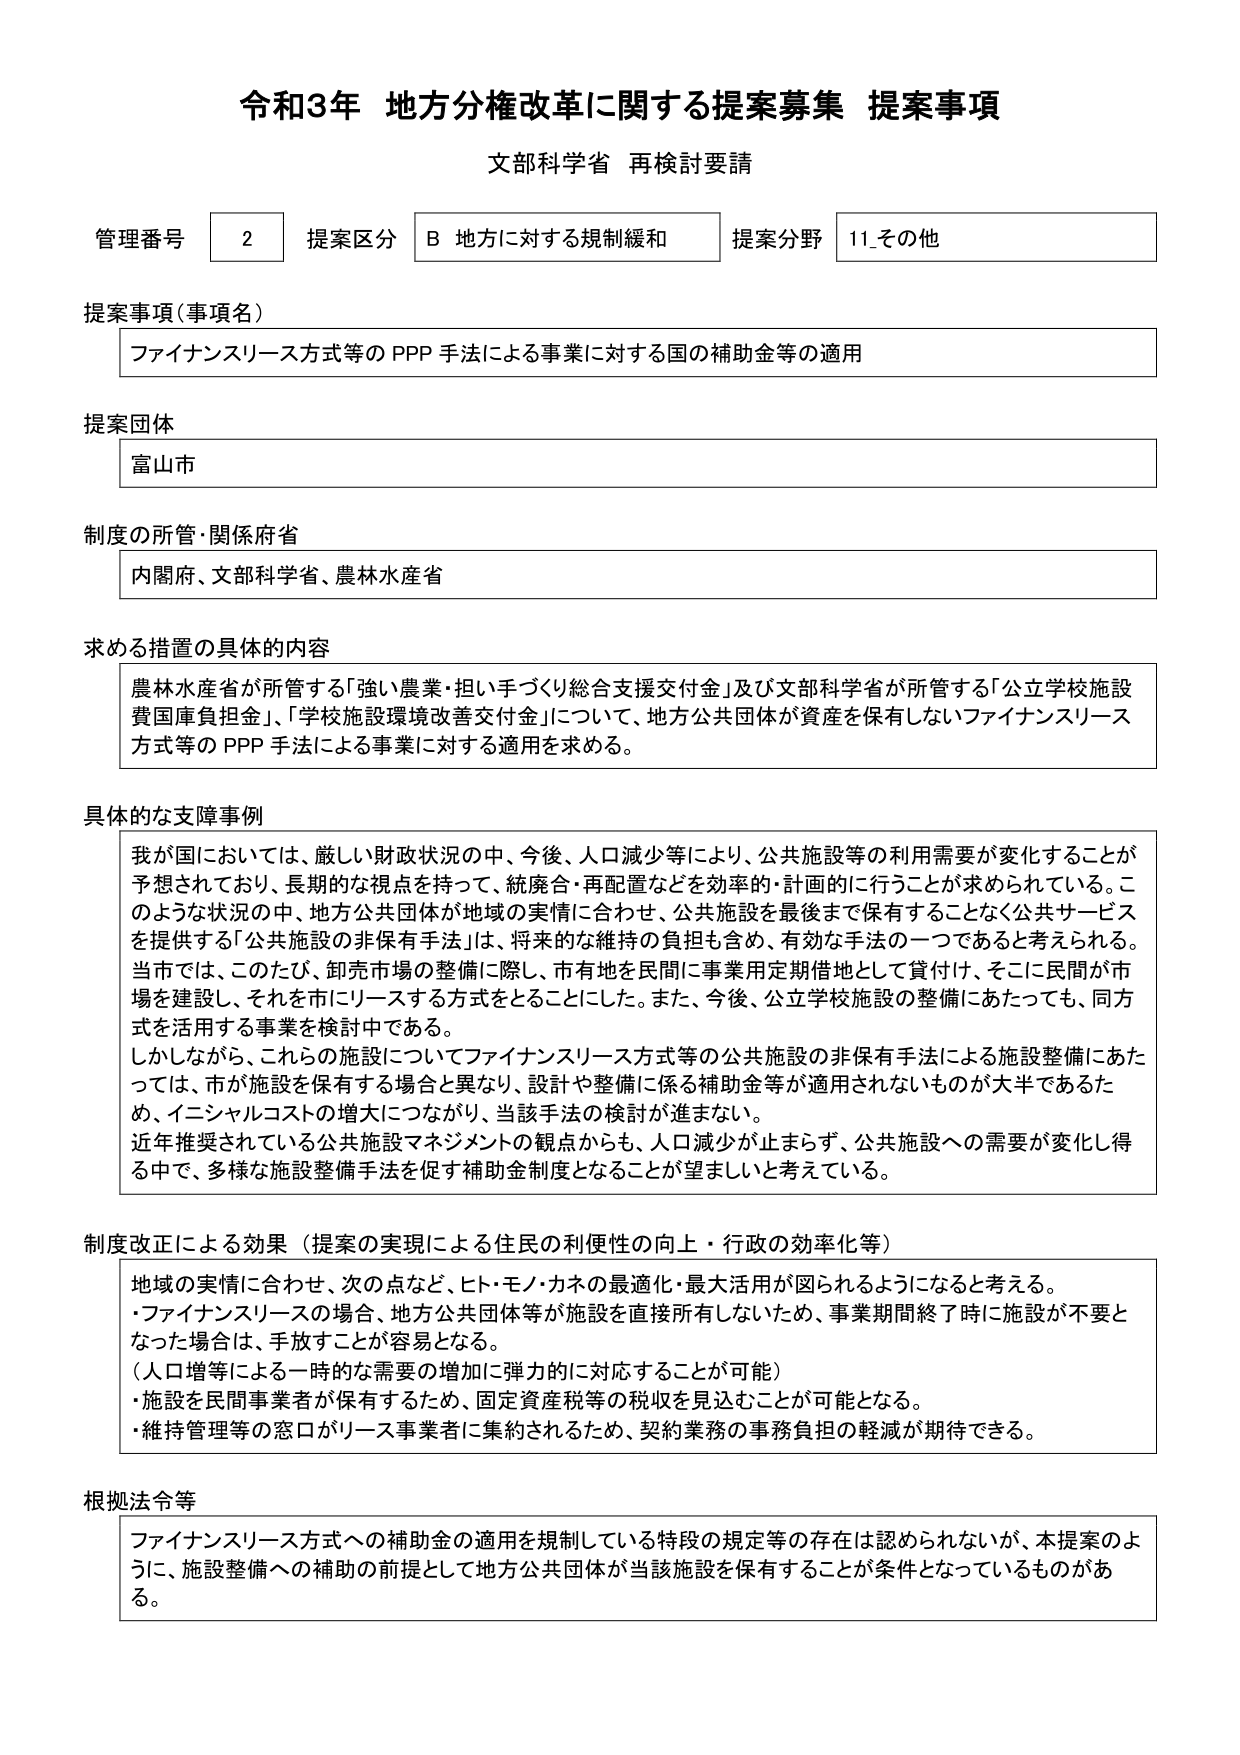
令和3年 地方分権改革に関する提案募集 提案事項
文部科学省 再検討要請

管理番号 2 提案区分 B 地方に対する規制緩和 提案分野 11_その他

提案事項（事項名）
ファイナンスリース方式等の PPP 手法による事業に対する国の補助金等の適用

提案団体
富山市

制度の所管・関係府省
内閣府、文部科学省、農林水産省

求める措置の具体的内容
農林水産省が所管する「強い農業・担い手づくり総合支援交付金」及び文部科学省が所管する「公立学校施設費国庫負担金」、「学校施設環境改善交付金」について、地方公共団体が資産を保有しないファイナンスリース方式等の PPP 手法による事業に対する適用を求める。

具体的な支障事例
我が国においては、厳しい財政状況の中、今後、人口減少等により、公共施設等の利用需要が変化することが予想されており、長期的な視点を持って、統廃合・再配置などを効率的・計画的に行うことが求められている。このような状況の中、地方公共団体が地域の実情に合わせ、公共施設を最後まで保有することなく公共サービスを提供する「公共施設の非保有手法」は、将来的な維持の負担も含め、有効な手法の一つであると考えられる。当市では、このたび、卸売市場の整備に際し、市有地を民間に事業用定期借地として貸付け、そこに民間が市場を建設し、それを市にリースする方式をとることにした。また、今後、公立学校施設の整備にあたっても、同方式を活用する事業を検討中である。
しかしながら、これらの施設についてファイナンスリース方式等の公共施設の非保有手法による施設整備にあたっては、市が施設を保有する場合と異なり、設計や整備に係る補助金等が適用されないものが大半であるため、イニシャルコストの増大につながり、当該手法の検討が進まない。
近年推奨されている公共施設マネジメントの観点からも、人口減少が止まらず、公共施設への需要が変化し得る中で、多様な施設整備手法を促す補助金制度となることが望ましいと考えている。

制度改正による効果（提案の実現による住民の利便性の向上・行政の効率化等）
地域の実情に合わせ、次の点など、ヒト・モノ・カネの最適化・最大活用が図られるようになると考える。
・ファイナンスリースの場合、地方公共団体等が施設を直接所有しないため、事業期間終了時に施設が不要となった場合は、手放すことが容易となる。
（人口増等による一時的な需要の増加に弾力的に対応することが可能）
・施設を民間事業者が保有するため、固定資産税等の税収を見込むことが可能となる。
・維持管理等の窓口がリース事業者に集約されるため、契約業務の事務負担の軽減が期待できる。

根拠法令等
ファイナンスリース方式への補助金の適用を規制している特段の規定等の存在は認められないが、本提案のように、施設整備への補助の前提として地方公共団体が当該施設を保有することが条件となっているものがある。